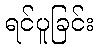
ရင်ပူခြင်း